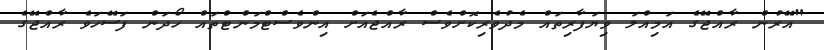
"އޭރުން ރާއްޖޭގެ އަމިއްލަ ވިޔަފާރިތައް މެދުވެރިކޮށްވެސް ރާއްޖެއަށް އިންވެސްޓްމަންޓްތައް ހޯދަން ފަސޭހަވެ ރާއްޖޭގެ